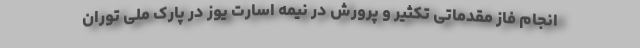
انجام فاز مقدماتی تکثیر و پرورش در نیمه اسارت یوز در پارک ملی توران